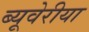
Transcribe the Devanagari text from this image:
ब्‍यूवेरीया